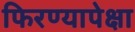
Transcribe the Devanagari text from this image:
फिरण्यापेक्षा